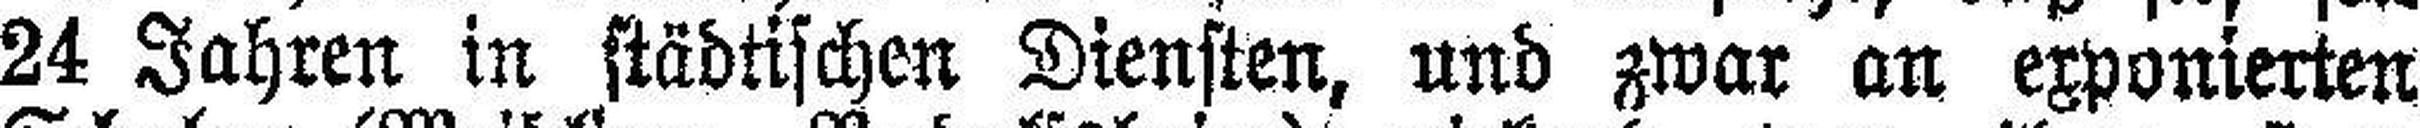
24 Jahren in städtischen Diensten, und zwar an exponierten